Medical and sanitary report of the native army of Bengal for the year
Year: 1876
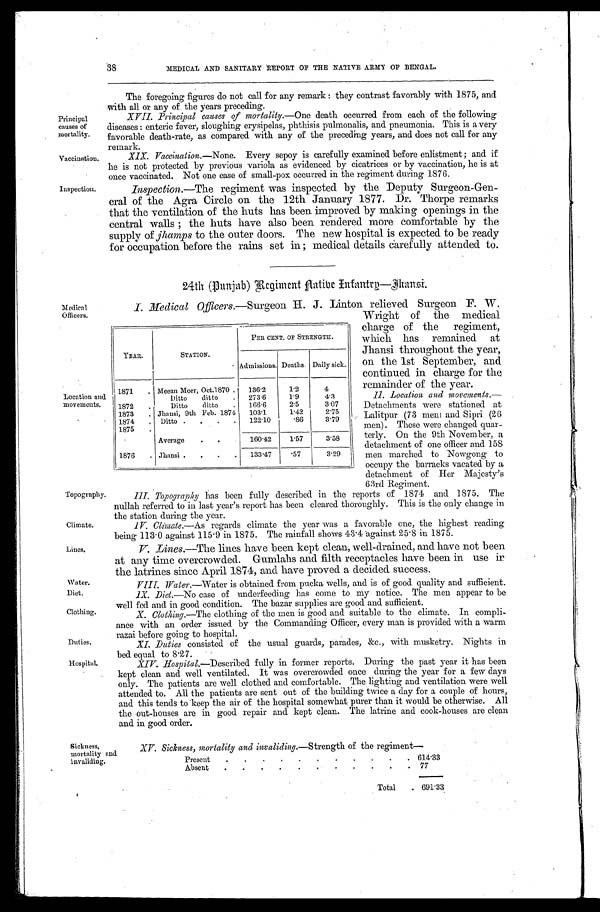
Principal
causes of
mortality.
Vaccination.
Topography.
Climate.
Lines.
Water.
Diet.
Clothing.
Duties.
Hospital.
38
MEDICAL AND SANITARY REPORT OF THE NATIVE ARMY OF BENGAL.
Inspection.
The foregoing figures do not call for any remark: they contrast favorably with 1875, and
with all or any of the years preceding.
XVII. Principal causes of mortality.—One death occurred from each of the following
diseases: enteric fever, sloughing erysipelas, phthisis pulmonalis, and pneumonia. This is a very
favorable death-rate, as compared with any of the preceding years, and does not call for any
remark.
XIX. Vaccination.—None. Every sepoy is carefully examined before enlistment; and if
he is not protected by previous variola as evidenced by cicatrices or by vaccination, he is at
once vaccinated. Not one case of small-pox occurred in the regiment during 1876.
Inspection.—The regiment was inspected by the Deputy Surgeon-Gen
-eral of the Agra Circle on the 12th January 1877. Dr. Thorpe remarks
that the ventilation of the huts has been improved by making openings in the
central walls; the huts have also been rendered more comfortable by the
supply of jhamps to the outer doors. The new hospital is expected to be ready
for occupation before the rains set in; medical details carefully attended to.
24th (Punjab) Regiment Native Inf antry—Jhansi.
Medical
Officers.
Location and
movements.
I. Medical Officers.—Surgeon H. J. Linton relieved Surgeon F. W.
Wright of the medical
charge of the regiment,
which has remained at
Jhansi throughout the year,
on the 1st September, and
continued in charge for the
remainder of the year.
II. Location and movements . —
Detachments were stationed at
Lalitpur (73 men) and Sipri (26
men). These were changed quar
-terly. On the 9th November, a
detachment of one officer and 158
men marched to Nowgong to
occupy the barracks vacated by a
detachment of Her Majesty's
63rd Regiment.
YEAR.
STATION.
PER CENT. OF STRENGTH.
Admissions. Deaths. Daily sick.
1871 . . .
Meean Meer, Oct.1870 . . .
136.2
1.2
4
Ditto
d i t t o . . .
273.6
1 . 9
4.3
1872 . . .
Ditto
ditto . . .
166.6
2.5
3.07
1873 . . .
Jhansi, 9th Feb. 1874
103.1
1.42
2.75
1874 . . .
Ditto . . .
122.10
.86
3.79
1875 . . .
Average . . .
160.42
1.57
3.58
1876 . . .
Jhansi . . .
133.47
. 5 7
3.29
III. Topography has been fully described in the reports of 1874 and 1875. The
nullah referred to in last year's report has been cleared thoroughly. This is the only change in
the station during the year.
IV. Climate.— As regards climate the year was a favorable one, the highest reading
being 113.0 against 115.9 in 1875. The rainfall shows 43.4 against 25.8 in 1875.
V. Lines.—The lines have been kept clean, well-drained, and have not been
at any time overcrowded. Gumlahs and filth receptacles have been in use in
the latrines since April 1874, and have proved a decided success.
VIII. Water.—Water is obtained from pucka wells, and is of good quality and sufficient.
IX. Diet.—No
case of underfeeding has come to my notice. The men appear to be
well fed and in good condition. The bazar supplies are good and sufficient.
X. Clothing.—The clothing of the men is good and suitable to the climate. In compli
-ance with an order issued by the Commanding Officer, every man is provided with a warm
razai before going to hospital.
Sickness,
mortality and
invaliding.
XI. Duties consisted of the usual guards, parades, &c., with musketry. Nights in
bed equal to 8.27.
XIV. Hospital.—Described fully in former reports. During the past year it has been
kept clean and well ventilated. It was overcrowded once during the year for a few days
only. The patients are well clothed and comfortable. The lighting and ventilation were well
attended to. All the patients are sent out of the building twice a day for a couple of hours,
and this tends to keep the air of the hospital somewhat purer than it would be otherwise. All
the out-houses are in good repair and kept clean. The latrine and cook-houses are clean
and in good order.
XV. Sickness, mortality and invaliding .—Strength of the regiment—
Present . . . 614.33
Absent
.
.
. 77
Total . . . 691.33